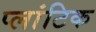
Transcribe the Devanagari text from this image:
प्लांटिक